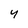
Character: 4